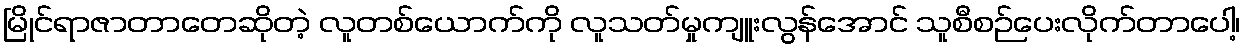
မြိုင်ရာဇာတာတေဆိုတဲ့ လူတစ်ယောက်ကို လူသတ်မှုကျူးလွန်အောင် သူစီစဉ်ပေးလိုက်တာပေါ့၊